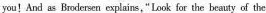
you!And as Brodersen explains," Look for the beauty of the